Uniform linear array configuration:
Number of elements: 32
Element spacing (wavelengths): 0.75
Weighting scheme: hamming
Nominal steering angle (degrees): -30
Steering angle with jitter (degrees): -30.56
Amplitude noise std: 0.05
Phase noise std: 0.05

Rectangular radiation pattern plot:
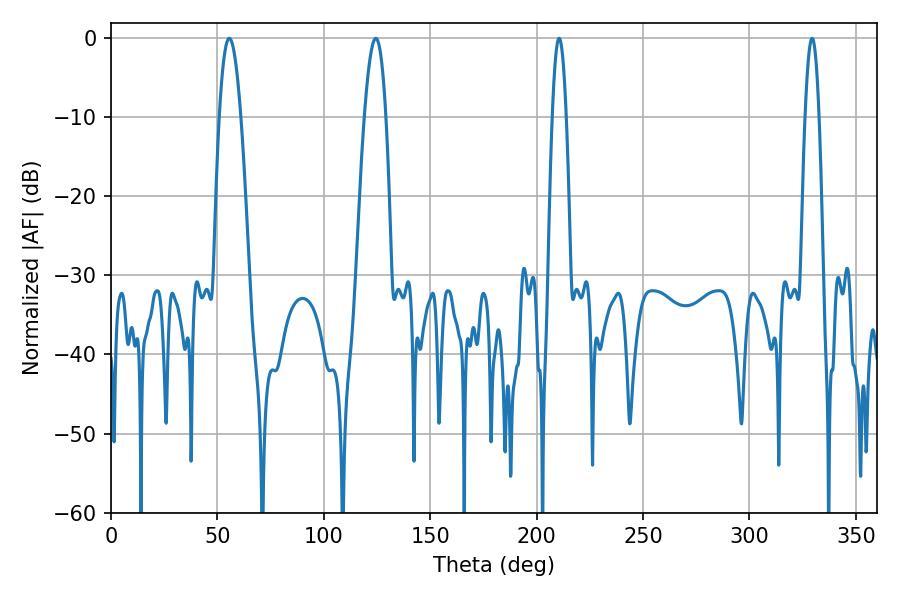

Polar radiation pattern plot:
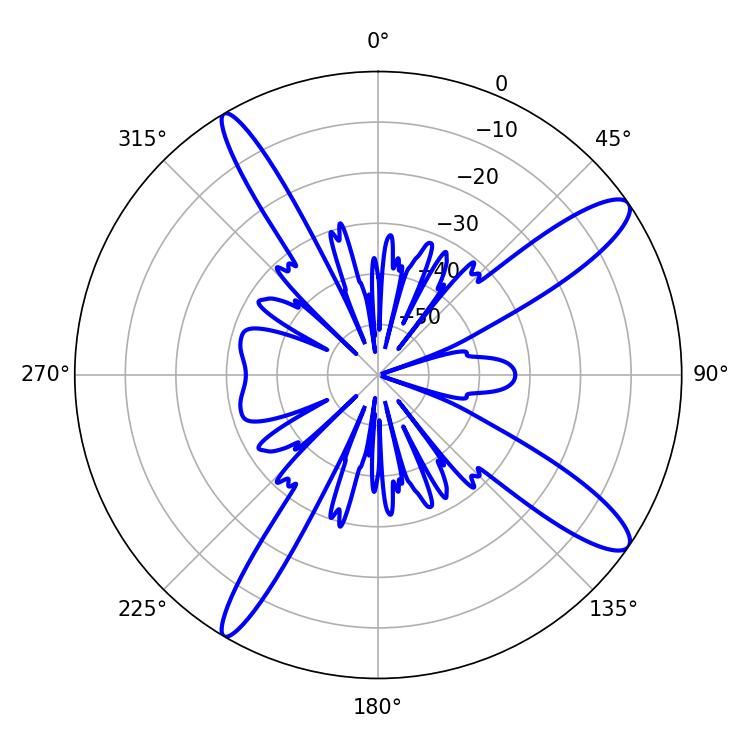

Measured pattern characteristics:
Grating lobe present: TRUE
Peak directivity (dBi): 12.863
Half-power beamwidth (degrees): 5.58
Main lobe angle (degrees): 55.62